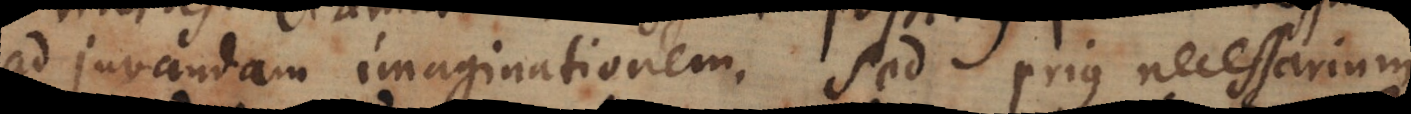
ad juvandam imaginationem. Sed prius necessarium